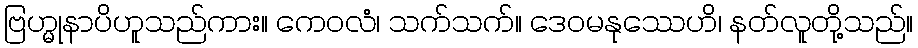
ဗြဟ္မုနာပိဟူသည်ကား။ ကေဝလံ၊ သက်သက်။ ဒေဝမနုဿေဟိ၊ နတ်လူတို့သည်။